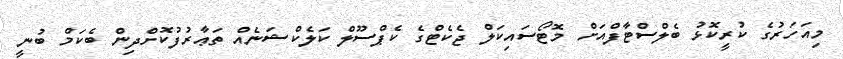
މިއަހަރުގެ ކުރީކޮޅު ބެލްސްޓާފްއަށް މޮޓޯސައިކަލް ޖެކެޓްގެ ކެޕްސޫލް ކަލެކްޝަނެއް ތަޢާރުފުކޮށްދިން ބެކަމް ބުނީ